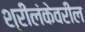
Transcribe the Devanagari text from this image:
श्रीलंकेवरील